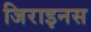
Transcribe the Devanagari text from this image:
जिराइनस